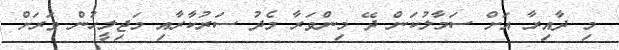
މި ދާއިރާ އަށް ސަމާލުކަން ދޭ މިންވަރާ މެދު ސަރުކާރާއި މަޖިލީހުން ވަރަށް